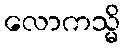
လောကသ္မိ